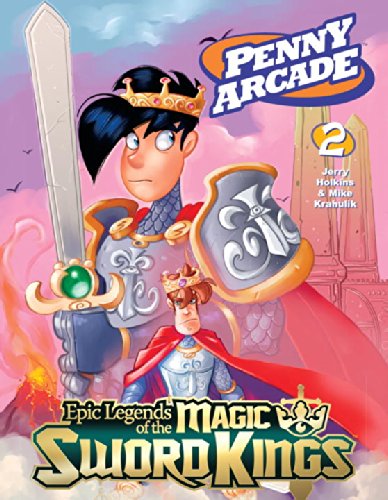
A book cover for Penny Arcade Volume 2: Epic Legends Of The Magic Sword Kings; Jerry Holkins; Humor & Entertainment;